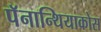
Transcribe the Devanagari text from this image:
पॅनान्थियाकोस